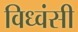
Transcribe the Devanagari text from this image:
विध्वंसी